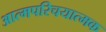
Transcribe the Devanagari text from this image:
आत्मपरिचयात्मक